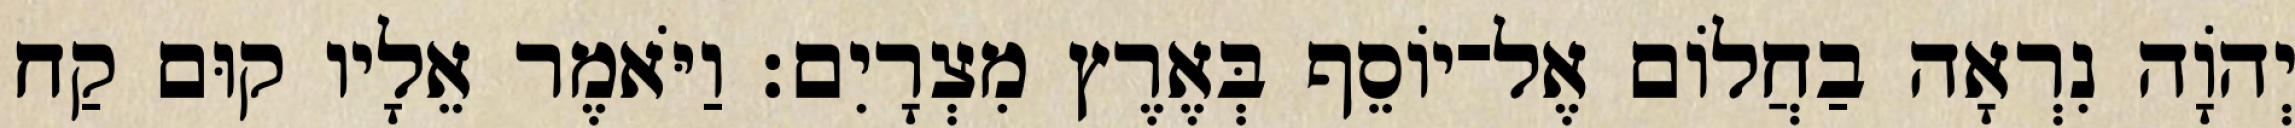
יְהוָֹה נִרְאָה בַחֲלוֹם אֶל־יוֹסֵף בְּאֶרֶץ מִצְרָיִם׃ וַיֹּאמֶר אֵלָיו קוּם קַח